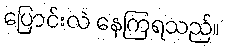
ပြောင်းလဲ နေကြရသည်။